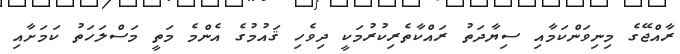
ރާއްޖޭގެ މިނިވަންކަމާއި ސިޔާދަތު ރައްކާތެރިކުރުމަކީ ދިވެހި ޤައުމުގެ އެންމެ މަތީ މަސްލަހަތު ކަމަށާއި